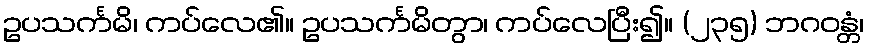
ဥပသင်္ကမိ၊ ကပ်လေ၏။ ဥပသင်္ကမိတွာ၊ ကပ်လေပြီး၍။ (၂၃၅) ဘဂဝန္တံ၊